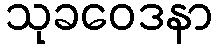
သုခဝေဒနာ